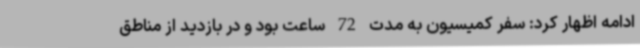
ادامه اظهار کرد: سفر کمیسیون به مدت 72 ساعت بود و در بازدید از مناطق